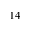
1 4